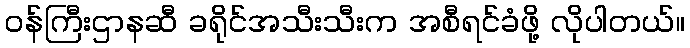
ဝန်ကြီးဌာနဆီ ခရိုင်အသီးသီးက အစီရင်ခံဖို့ လိုပါတယ်။